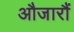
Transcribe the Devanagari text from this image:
औजारौं